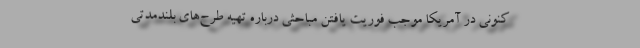
کنونی در آمریکا موجب فوریت یافتن مباحثی درباره تهیه طرح‌های بلندمدتی